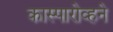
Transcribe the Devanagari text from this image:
कास्पारोव्हने